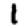
Digit: 1